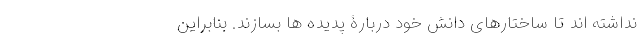
نداشته اند تا ساختارهای دانش خود دربارۀ پدیده ها بسازند. بنابراین